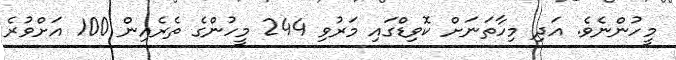
މީހުންނެވެ. އަދި މިހާތަނަށް ކޮވިޑްގައި މަރުވި 244 މީހުންގެ ތެރެއިން 100 އަށްވުރެ